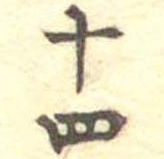
十四